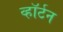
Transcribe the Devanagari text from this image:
व्हॉर्टन